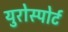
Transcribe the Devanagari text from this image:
युरोस्पोर्ट